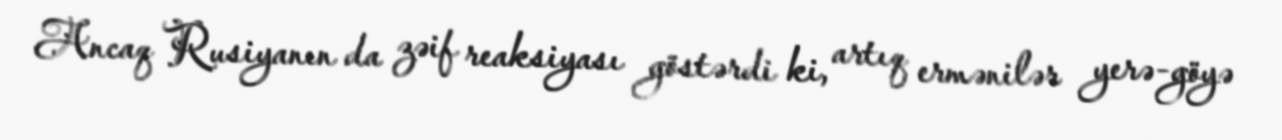
Ancaq Rusiyanın da zəif reaksiyası göstərdi ki, artıq ermənilər yerə-göyə